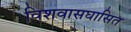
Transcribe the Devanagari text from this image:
विशवासघासित